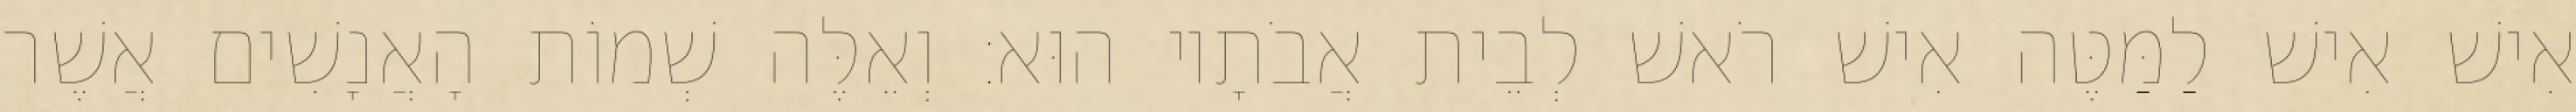
אִישׁ אִישׁ לַמַּטֶּה אִישׁ רֹאשׁ לְבֵית אֲבֹתָיו הוּא׃ וְאֵלֶּה שְׁמוֹת הָאֲנָשִׁים אֲשֶׁר